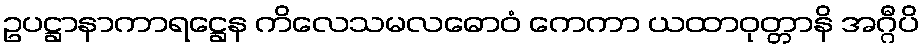
ဥပဋ္ဌာနာကာရဋ္ဌေန ကိလေသမလဓောဝံ ကေကာ ယထာဝုတ္တာနိ အဂ္ဂီပိ